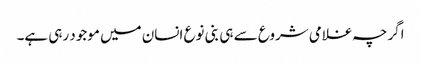
اگرچہ غلامی شروع سے ہی بنی نوع انسان میں موجود رہی ہے۔